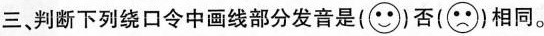
三 判断下列绕口令中画线部分发音是()否()相同。